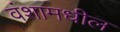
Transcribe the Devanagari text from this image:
वंशामधील